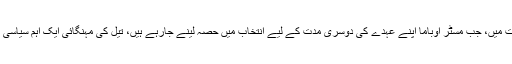
اور ایک ایسے وقت میں، جب مسٹر اوباما اپنے عہدے کی دوسری مدت کے لیے انتخاب میں حصہ لینے جارہے ہیں، تیل کی مہنگائی ایک اہم سیاسی مسئلہ بن رہی ہے۔